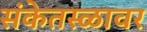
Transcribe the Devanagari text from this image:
संकेतस्ळावर